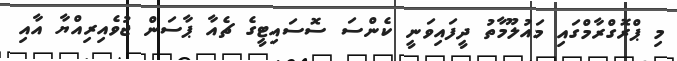
މި ޕްރޮގްރާމްގައި މައުލޫމާތު ދީފައިވަނީ ކެންސަ ސޮސައިޓީގެ ޗެއާ ޕާސަން ޖުވެއިރިއްޔާ އާއި